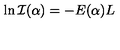
\ln { \cal I } ( \alpha ) = - E ( \alpha ) L